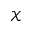
\mathcal { X }